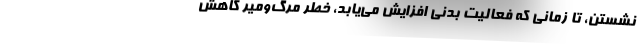
نشستن، تا زمانی که فعالیت بدنی افزایش می‌یابد، خطر مرگ‌ومیر کاهش